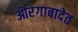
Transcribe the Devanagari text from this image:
ऒरंगाबादेत